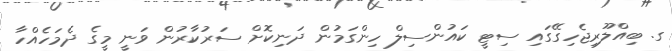
ގ. ބިއްލޫރިޖެހިގޭގައި ސިޓީ ކައުންސިލް ހިންގަމުން ދަނިކޮށް ސަރުކާރުން ވަނީ މީގެ ދެމަހެއްހާ